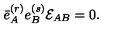
\bar { e } _ { A } ^ { ( r ) } e _ { B } ^ { ( s ) } { \cal E } _ { A B } = 0 .